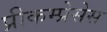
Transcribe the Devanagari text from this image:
प्रीकम्प्रेसेस